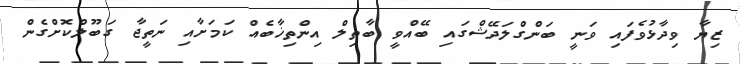
ޒިޔާ ވިދާޅުވެފައި ވަނީ ބަންގްލަދޭޝްގައި ބޭއްވީ ބާތިލް އިންތިޚާބެއް ކަމަށާއި ނަތީޖާ ގަބޫލްކޮށްގެން